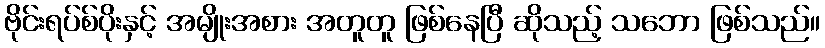
ဗိုင်းရပ်စ်ပိုးနှင့် အမျိုးအစား အတူတူ ဖြစ်နေပြီ ဆိုသည့် သဘော ဖြစ်သည်။